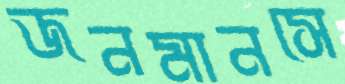
জনমানসে